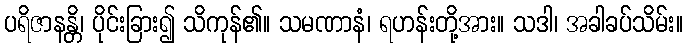
ပရိဇာနန္တိ၊ ပိုင်းခြား၍ သိကုန်၏။ သမဏာနံ၊ ရဟန်းတို့အား။ သဒါ၊ အခါခပ်သိမ်း။